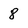
Character: 8